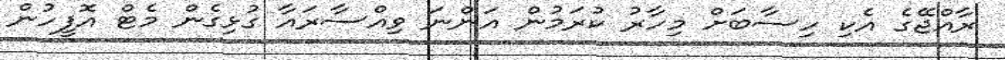
ރާއްޖޭގެ އެކި ހިސާބަށް މިހާރު ކުރަމުން އަންނަ ވިއްސާރައާ ގުޅިގެން މެޓް އޮފީހުން